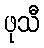
ဖုသီ